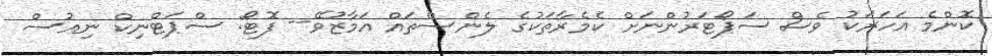
ކޮންމެ އަހަރަކު ވެސް ސަޕޯޓަރުންނަށް ކެމެރާތަކުގެ ލެންސްތައް އަމާޒުވޭ-- ފޮޓޯ: ސްޕަޓްނިކް ނިއުސް